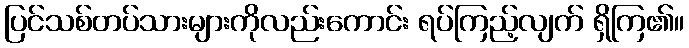
ပြင်သစ်တပ်သားများကိုလည်းကောင်း ရပ်ကြည့်လျက် ရှိကြ၏။